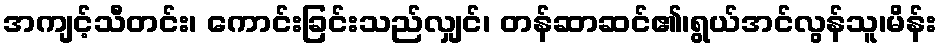
အကျင့်သီတင်း၊ ကောင်းခြင်းသည်လျှင်၊ တန်ဆာဆင်၏၊ရွယ်အင်လွန်သူ၊မိန်း